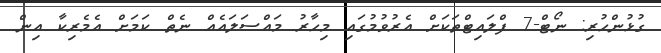
ގުޅުންހުރި: ނޯޓް-7 ފްލައިޓްތަކަށް އެރުވުމުގައި މިހާރު މައްސަލައެއް ނެތް ކަމަށް އެމެރިކާ އިން